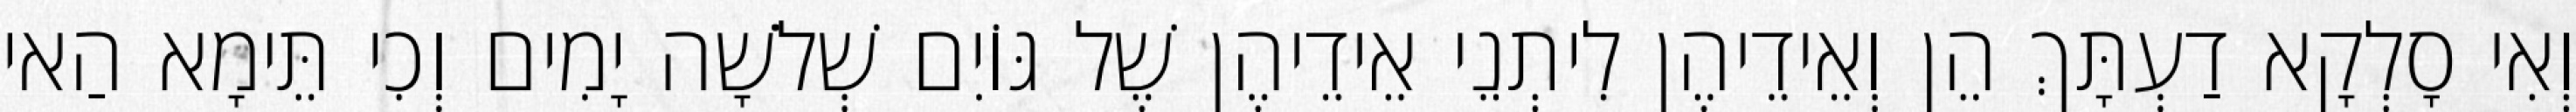
וְאִי סָלְקָא דַעְתָּךְ הֵן וְאֵידֵיהֶן לִיתְנֵי אֵידֵיהֶן שֶׁל גּוֹיִם שְׁלֹשָׁה יָמִים וְכִי תֵּימָא הַאי